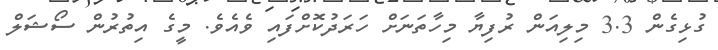
ގުޅިގެން 3.3 މިލިއަން ރުފިޔާ މިހާތަނަށް ހަރަދުކޮށްފައި ވެއެވެ. މީގެ އިތުރުން ސޯޝަލް